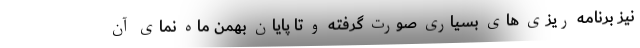
نیز برنامه ریزی های بسیاری صورت گرفته و تا پایان بهمن ماه نمای آن